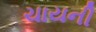
ચાયની